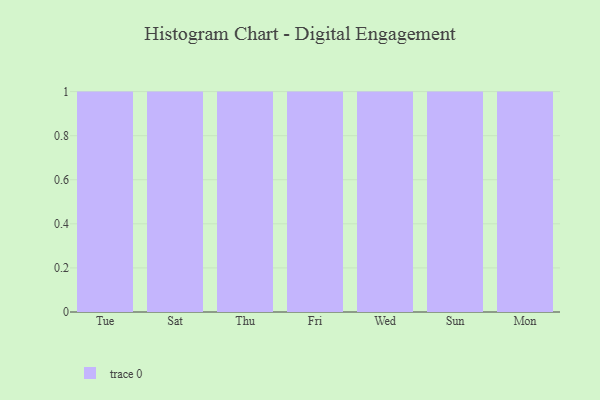
{"axis": {"x": "Day", "y": "Page Views"}, "legend": [""], "data": [{"x": "Tue", "y": 90, "type": ""}, {"x": "Sat", "y": 51, "type": ""}, {"x": "Thu", "y": 27, "type": ""}, {"x": "Fri", "y": 37, "type": ""}, {"x": "Wed", "y": 68, "type": ""}, {"x": "Sun", "y": 1, "type": ""}, {"x": "Mon", "y": 54, "type": ""}]}